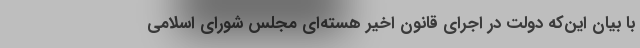
با بیان این‌که دولت در اجرای قانون اخیر هسته‌ای مجلس شورای اسلامی